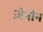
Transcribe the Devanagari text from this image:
ज़ेनोन